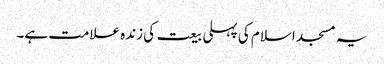
یہ مسجد اسلام کی پہلی بیعت کی زندہ علامت ہے۔